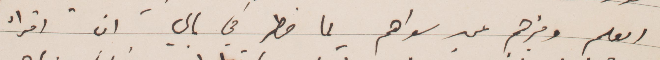
العلم وخبرهم عن سواهم لما خطر في بالي ان اقراء